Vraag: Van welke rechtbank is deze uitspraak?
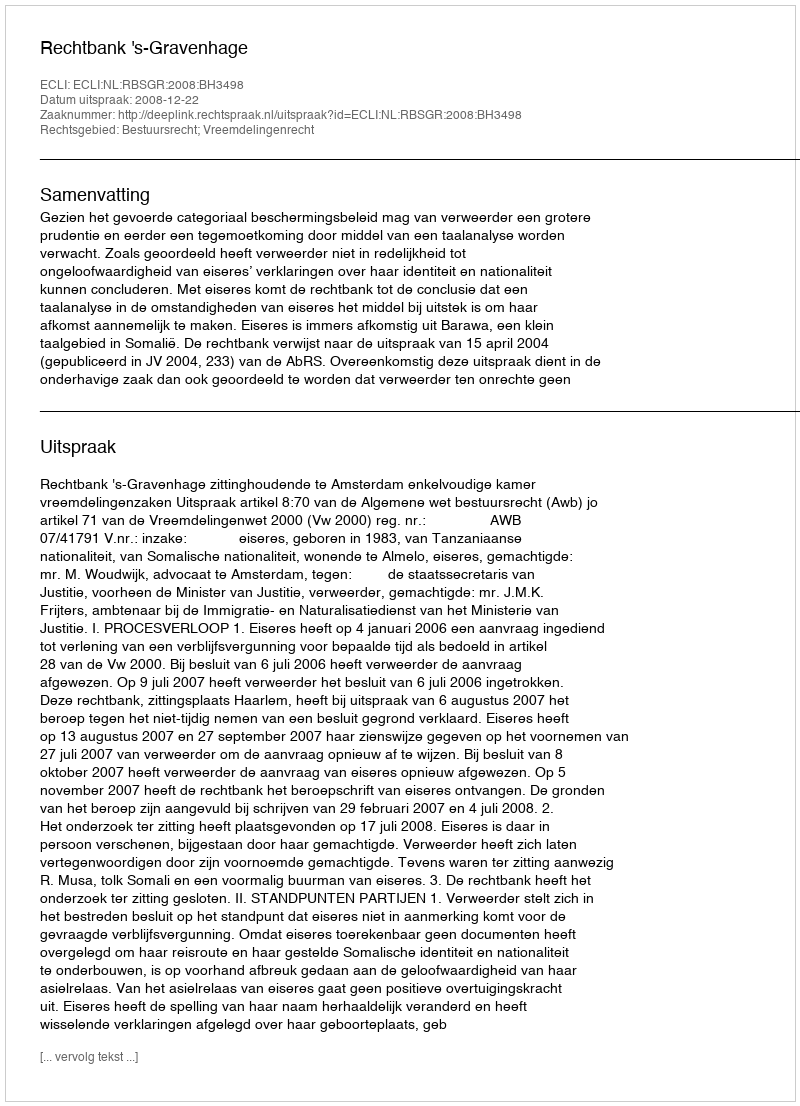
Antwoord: Rechtbank 's-Gravenhage